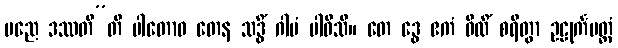
မညေ ဒဿတီ”တိ ပါတောဝ တေန သဒ္ဓိံ ဂါမံ ပါဝိသိ။ တေ ဒွေ ဧကံ ဝီထိံ စရိတွာ ဥဠုင်္ကမတ္တံ